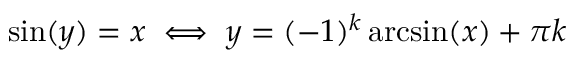
\sin ( y ) = x \iff y = ( - 1 ) ^ { k } \arcsin ( x ) + \pi k